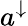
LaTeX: a^{\downarrow}